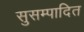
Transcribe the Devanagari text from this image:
सुसम्पादित